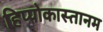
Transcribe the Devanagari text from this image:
हिप्पोकास्तानम